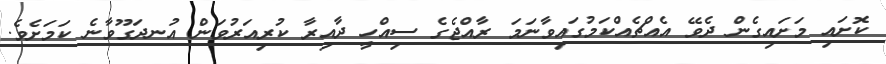
ކޮށައި މަށައިގެން ދެވޭ އެއްޗެއްކަމުގައިވާނަމަ ރާއްޖެގެ ސިއްހީ ދާއިރާ ކުރިއަރުވަން އުނދަގޫވާނެ ކަމަށެވެ.